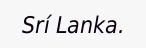
Srí Lanka.